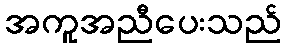
အကူအညီပေးသည်